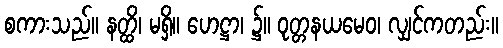
စကားသည်။ နတ္ထိ၊ မရှိ။ ဟေဋ္ဌာ၊ ၌။ ဝုတ္တနယမေဝ၊ လျှင်ကတည်း။